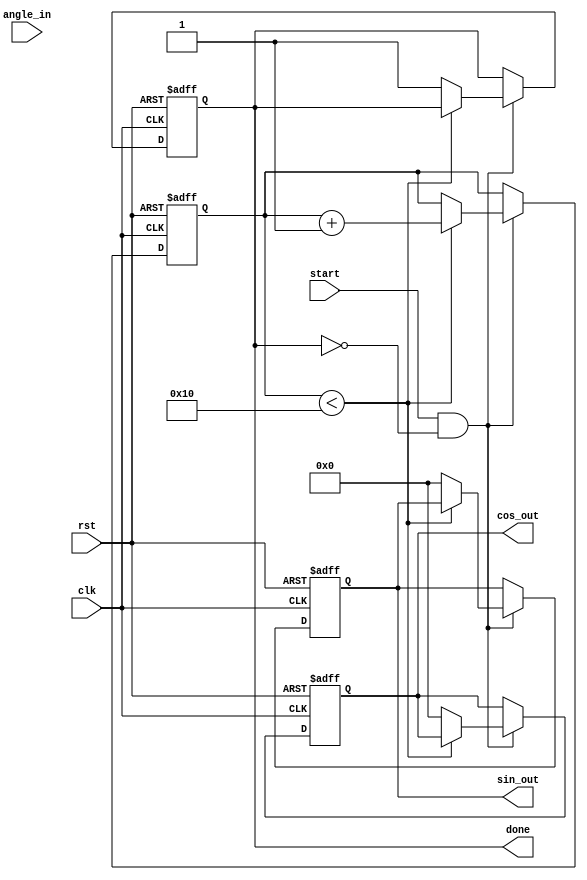
module CORDIC (
    input           clk,
    input           rst,
    input           start,
    input  [15:0]  angle_in,      // Input angle in fixed-point
    output reg      done,
    output reg [15:0] sin_out,     // Sine output
    output reg [15:0] cos_out      // Cosine output
);

parameter NUM_ITERATIONS = 16;  // Number of iterations
reg [15:0] x [0:NUM_ITERATIONS]; // x coordinate
reg [15:0] y [0:NUM_ITERATIONS]; // y coordinate
reg [15:0] z [0:NUM_ITERATIONS]; // Remaining angle
reg [3:0]  iter;                 // Iteration counter
reg [15:0] atan_table [0:NUM_ITERATIONS]; // Lookup table for arctangent values
reg [15:0] scaling_factor;       // Scaling factor

// Initialization of arctangent lookup table
initial begin
    atan_table[0] = 16'h0000; // atan(2^0) = 0
    atan_table[1] = 16'h2000; // atan(2^-1) = pi/4
    atan_table[2] = 16'h1333; // atan(2^-2)
    atan_table[3] = 16'h0A3D; // atan(2^-3)
    atan_table[4] = 16'h0516; // atan(2^-4)
    // Populate others based on the required precision
    // ...
    scaling_factor = 16'h5A82; // 1/sqrt(2) for 16 iterations
end

// Control Logic
always @(posedge clk or posedge rst) begin
    if (rst) begin
        iter <= 0;
        done <= 0;
        sin_out <= 0;
        cos_out <= 0;
        x[0] <= 16'h4000; // Initial x = 1.0 in fixed-point
        y[0] <= 0;       // Initial y = 0
        z[0] <= angle_in; // Initial angle
    end else if (start && !done) begin
        if (iter < NUM_ITERATIONS) begin
            // CORDIC rotation logic
            if (z[iter] >= 0) begin
                // Rotate clockwise
                x[iter + 1] <= x[iter] - (y[iter] >> iter);
                y[iter + 1] <= y[iter] + (x[iter] >> iter);
                z[iter + 1] <= z[iter] - atan_table[iter];
            end else begin
                // Rotate counter-clockwise
                x[iter + 1] <= x[iter] + (y[iter] >> iter);
                y[iter + 1] <= y[iter] - (x[iter] >> iter);
                z[iter + 1] <= z[iter] + atan_table[iter];
            end
            iter <= iter + 1;
        end else begin
            // Finalize outputs
            sin_out <= (y[NUM_ITERATIONS] * scaling_factor) >> NUM_ITERATIONS; // Normalize output
            cos_out <= (x[NUM_ITERATIONS] * scaling_factor) >> NUM_ITERATIONS; // Normalize output
            done <= 1; // Indicate completion
        end
    end
end

endmodule